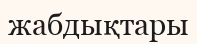
жабдықтары